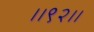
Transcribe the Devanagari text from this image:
।।९२।।